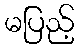
မပြည့်